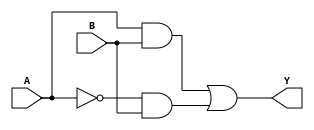
module XOR_gate (
    input A,
    input B,
    output Y
);

wire A_inv;
wire T1_out, T2_out, AND_out;

assign A_inv = ~A;

assign Y = AND_out;

// Transmission gates
assign T1_out = A & B;
assign T2_out = A_inv & B;

// AND gate
assign AND_out = T1_out | T2_out;

endmodule